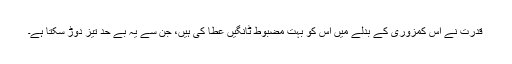
قدرت نے اس کمزوری کے بدلے میں اس کو بہت مضبوط ٹانگیں عطا کی ہیں، جن سے یہ بے حد تیز دوڑ سکتا ہے۔